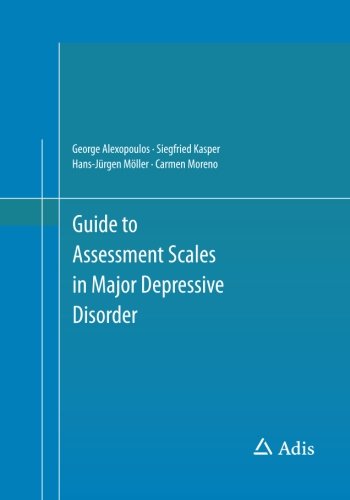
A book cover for Guide to Assessment Scales in Major Depressive Disorder; George Alexopoulos; Medical Books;